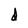
Character: d